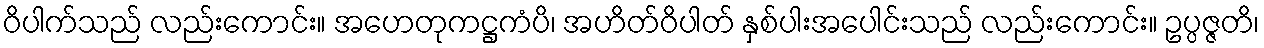
ဝိပါက်သည် လည်းကောင်း။ အဟေတုကဋ္ဌကံပိ၊ အဟိတ်ဝိပါတ် နှစ်ပါးအပေါင်းသည် လည်းကောင်း။ ဥပ္ပဇ္ဇတိ၊